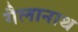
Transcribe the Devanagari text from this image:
गैलानाथ